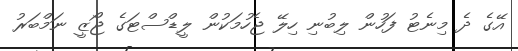
އޭގެ ދެ މިނެޓު ފަހުން ލިބުނި ހިލޭ ޖެހުމަކުން ލީޑްސްޓަގެ ޖޯޒީ ނަމްބަރު